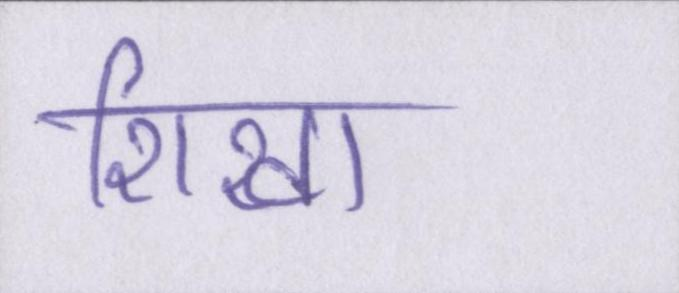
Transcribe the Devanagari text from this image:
शिखा